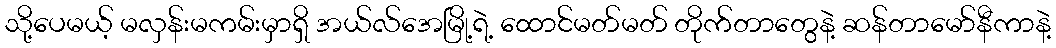
သို့ပေမယ့် မလှန်းမကမ်းမှာရှိ အယ်လ်အေမြို့ရဲ့ ထောင်မတ်မတ် တိုက်တာတွေနဲ့ ဆန်တာမော်နီကာနဲ့